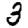
Digit: 3